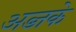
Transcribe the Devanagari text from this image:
अब्जके